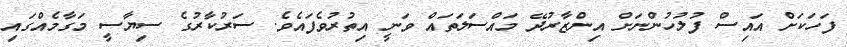
ފަހަކަށް އައިސް ފުލުހުންނަށް އިންޒާރުދޭ މައްސަލަތައް ވަނީ އިތުރުވެފައެވެ. ސަރުކާރުގެ ސިޔާސީ މަގާމެއްގައި